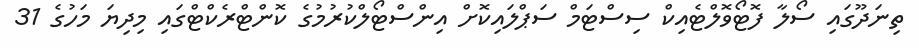
ތިނަދޫގައި ސޯލާ ފޮޓޯވޮލްޓެއިކް ސިސްޓަމް ސަޕްލައިކޮށް އިންސްޓޯލްކުރުމުގެ ކޮންޓްރެކްޓްގައި މިދިޔަ މަހުގެ 31